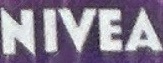
NIVEA